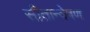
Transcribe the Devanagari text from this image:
सीतान्वेषण